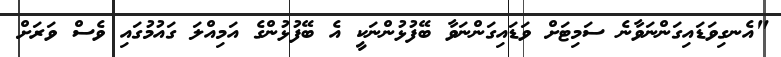
"އެނގިވަޑައިގަންނަވާނެ ސަމިޓަށް ވަޑައިގަންނަވާ ބޭފުޅުންނަކީ އެ ބޭފުޅުންގެ އަމިއްލަ ގައުމުގައި ވެސް ވަރަށް